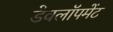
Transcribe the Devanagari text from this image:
डेवलॉपमेंट